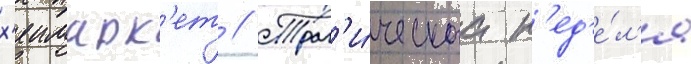
х'еимарк'ет // Траг'и́ческаа н'ед'е́л'я